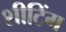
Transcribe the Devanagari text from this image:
शीटिंग